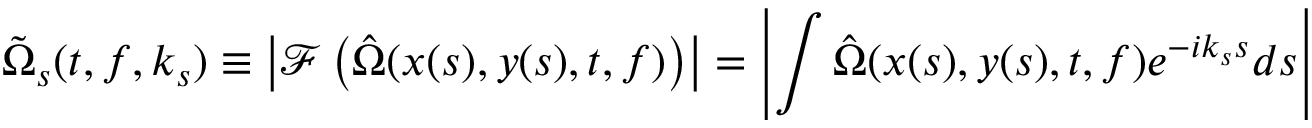
\tilde { \Omega } _ { s } ( t , f , k _ { s } ) \equiv \left| \mathcal { F } \left( \hat { \Omega } ( x ( s ) , y ( s ) , t , f ) \right) \right| = \left| \int \hat { \Omega } ( x ( s ) , y ( s ) , t , f ) e ^ { - i k _ { s } s } d s \right|